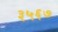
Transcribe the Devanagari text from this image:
३५६७